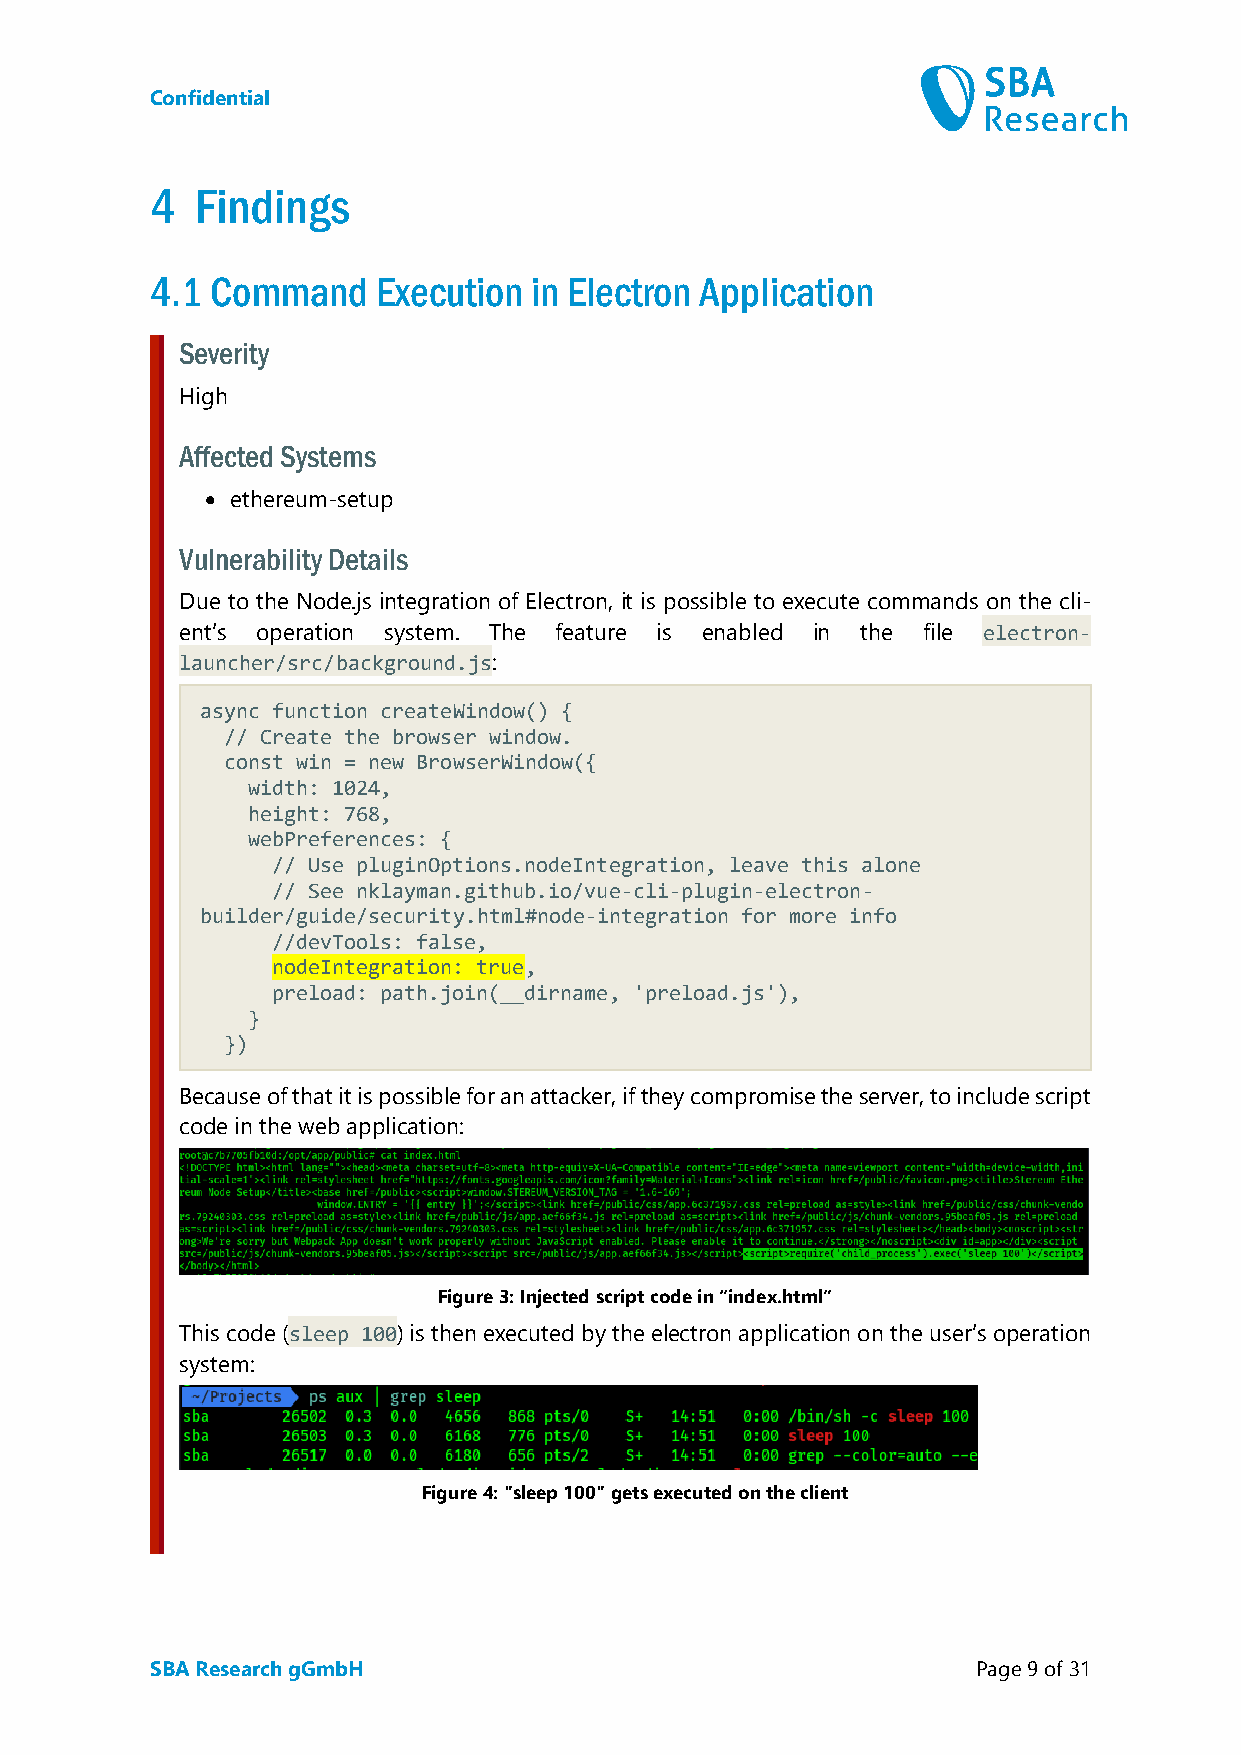
Confidential
 4  Findings
 4.1 Command    Execution in Electron Application
 Severity
 High
 Affected Systems
 • ethereum-setup
 Vulnerability Details
 Due to the Node.js integration of Electron, it is possible to execute commands on the cli-
 ent’s operation system. The feature is enabled in the file electron-
 launcher/src/background.js:
 async function createWindow() {
 // Create the browser window.
 const win = new BrowserWindow({
 width: 1024,
 height: 768,
 webPreferences: {
 // Use pluginOptions.nodeIntegration, leave this alone
 // See nklayman.github.io/vue-cli-plugin-electron-
 builder/guide/security.html#node-integration for more info
 //devTools: false,
 nodeIntegration: true,
 preload: path.join(__dirname, 'preload.js'),
 }
 })
 Because of that it is possible for an attacker, if they compromise the server, to include script
 code in the web application:
 Figure 3: Injected script code in “index.html”
 This code (sleep 100) is then executed by the electron application on the user’s operation
 system:
 Figure 4: "sleep 100" gets executed on the client
 SBA Research gGmbH                                     Page 9 of 31